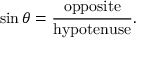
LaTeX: \sin \theta = { \frac { \mathrm { o p p o s i t e } } { \mathrm { h y p o t e n u s e } } } .